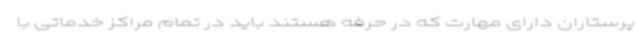
پرستاران دارای مهارت که در حرفه هستند باید در تمام مراکز خدماتی با